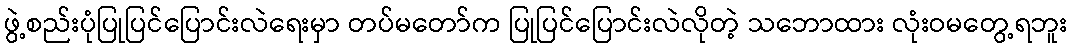
ဖွဲ့စည်းပုံပြုပြင်ပြောင်းလဲရေးမှာ တပ်မတော်က ပြုပြင်ပြောင်းလဲလိုတဲ့ သဘောထား လုံးဝမတွေ့ရဘူး